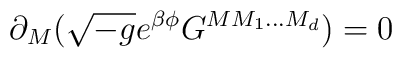
\partial _{M}(\sqrt{-g}e^{\beta \phi}G^{MM_{1}...M_{d}})=0